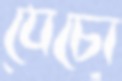
যেচো